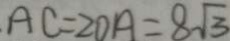
A C = 2 D A = 8 \sqrt { 3 }